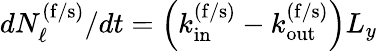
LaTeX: dN_{\ell}^{\mathrm{(f/s)}}/dt=\left(k_{\mathrm{in}}^{\mathrm{(f/s)}}-k_{\mathrm{out}}^{\mathrm{(f/s)}}\right)L_{y}